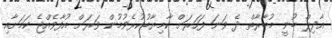
އާދިލް ބުނީ މުބާރާތް ދެ ވަނަ ފަހަރަށް ކާމިޔާބުކުރެވުމުން ވަރަށް އުފާވެއްޖެ ކަމަށާއި